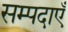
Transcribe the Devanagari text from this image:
सम्पदाएँ